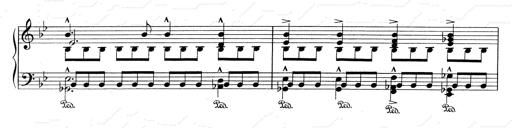
Title: RÃ©miniscences de Don Juan
Composer: Franz Liszt